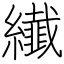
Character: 纎